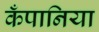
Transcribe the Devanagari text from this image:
कँपानिया